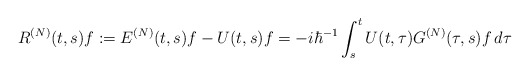
\begin{align*}R^{(N)}(t,s)f:=E^{(N)}(t,s)f-U(t,s)f=-i\hbar^{-1}\int_s^t U(t,\tau)G^{(N)}(\tau,s)f\,d\tau\end{align*}